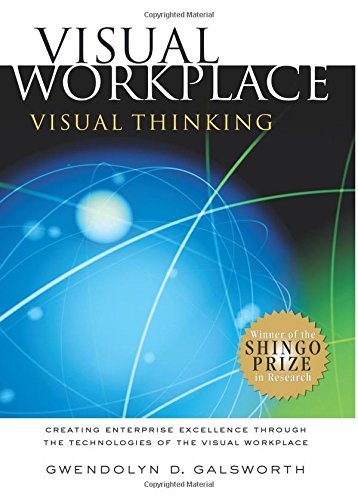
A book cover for Visual Workplace/Visual Thinking: Creating Enterprise Excellence through the Technologies of the Visual Workplace; Gwendolyn D. Galsworth; Business & Money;